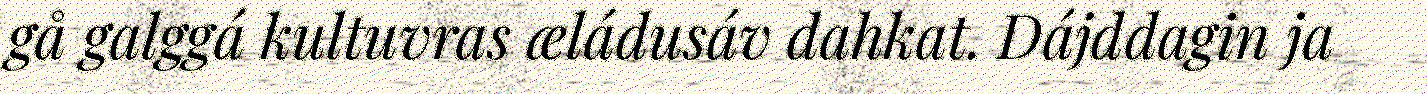
gå galggá kultuvras æládusáv dahkat. Dájddagin ja